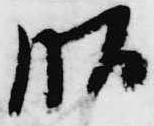
昭